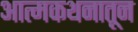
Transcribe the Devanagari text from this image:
आत्मकथनातून